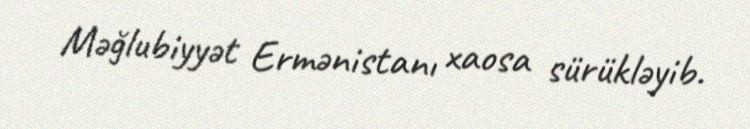
Məğlubiyyət Ermənistanı xaosa sürükləyib.